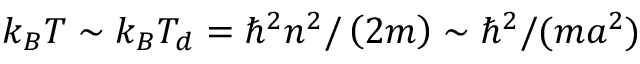
k _ { B } T \sim k _ { B } T _ { d } = \hbar ^ { 2 } n ^ { 2 } / \left( 2 m \right) \sim \hbar ^ { 2 } / ( m a ^ { 2 } )